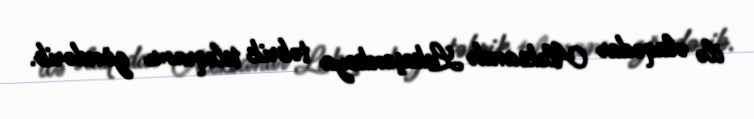
ilə əlaqədar Aleksandr Lukaşenkoya təbrik teleqramı göndərib.